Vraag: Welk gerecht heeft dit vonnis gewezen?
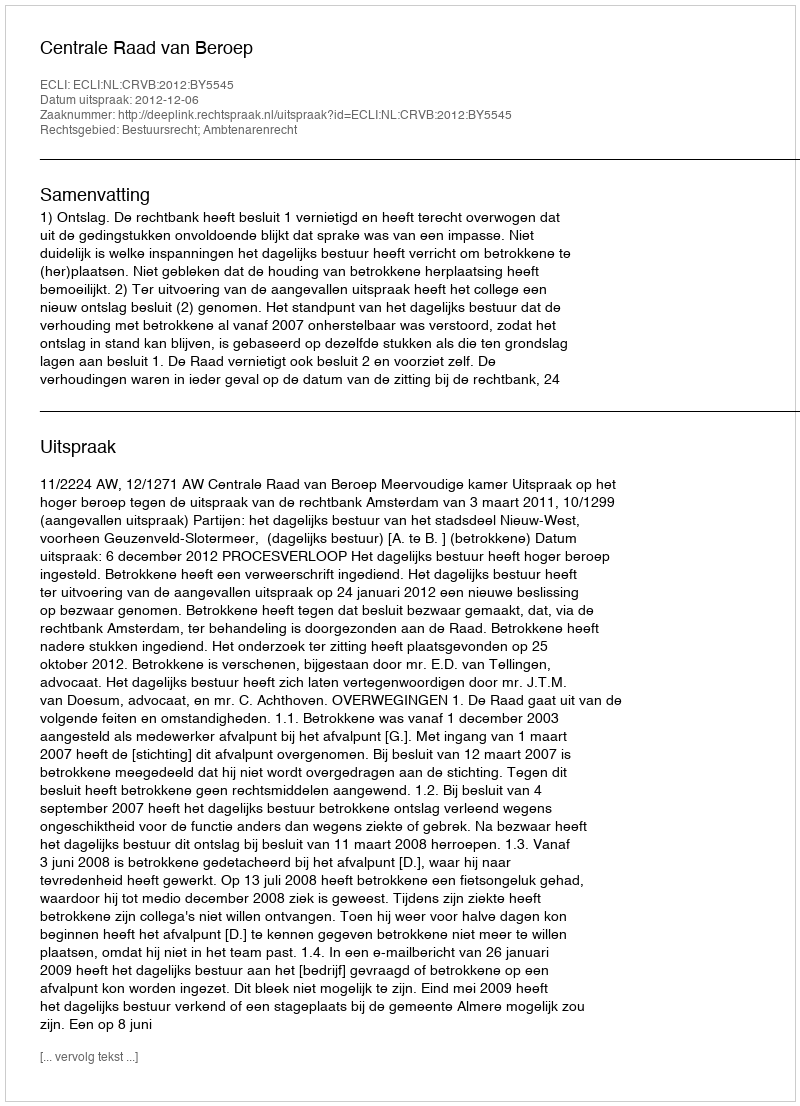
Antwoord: Centrale Raad van Beroep